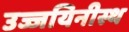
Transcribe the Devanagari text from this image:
उज्जयिनीस्थ